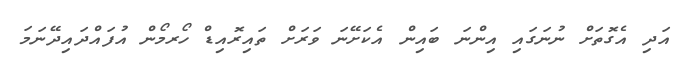
އަދި އެގޮތަށް ނުނަގައި އިންނަ ބައިން އެކަށޭނަ ވަރަށް ތައިރޮއިޑް ހޯރމޯން އުފައްދައިދޭނަމަ